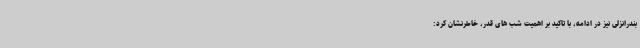
بندرانزلی نیز در ادامه، با تاکید بر اهمیت شب های قدر، خاطرنشان کرد: